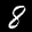
Label: 8